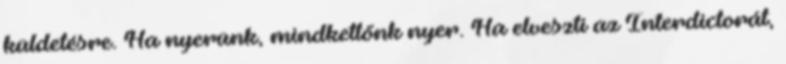
küldetésre. Ha nyerünk, mindkettőnk nyer. Ha elveszti az Interdictorát,